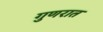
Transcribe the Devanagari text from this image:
गुणरात